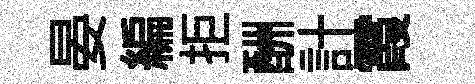
晏編拒酬計霞